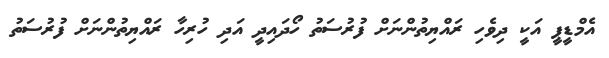
އެމްޑީޕީ އަކީ ދިވެހި ރައްޔިތުންނަށް ފުރުސަތު ހޯދައިދީ އަދި ހުރިހާ ރައްޔިތުންނަށް ފުރުސަތު